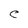
Character: C